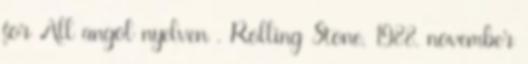
for All angol nyelven . Rolling Stone, 1988. november